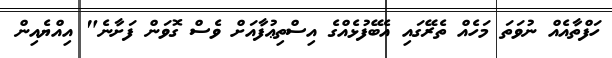
ހަފްތާއެއް ނުވަތަ މަހެއް ތެރޭގައި އެބޭފުޅެއްގެ އިސްތިޢުފާއަށް ވެސް ގޮވަން ފަށާނެ" އިއްޔެއިން